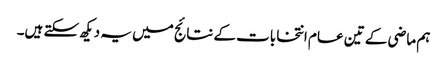
ہم ماضی کے تین عام انتخابات کے نتائج میں یہ دیکھ سکتے ہیں۔